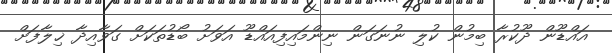
އައްޑޫން ދޫކުރާ ބިމުން ކުލި ނުނަގަން ނިންމައިފިއައްޑޫ އަވަށު ބޯޑުތަކަށް ގަވާއިދާ ޚިލާފަށް